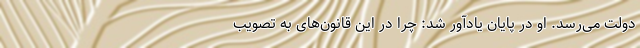
دولت می‌رسد. او در پایان یادآور شد: چرا در این قانون‌های به تصویب